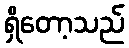
ရှိတော့သည်